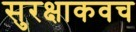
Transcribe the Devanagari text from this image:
सुरक्षाकवच